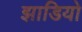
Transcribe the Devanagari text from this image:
झाडियो